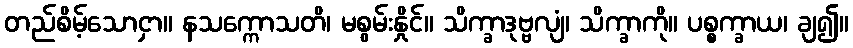
တည်စိမ့်သောငှာ။ နသက္ကောသတိ၊ မစွမ်းနှိုင်။ သိက္ခာဒုဗ္ဗလျံ၊ သိက္ခာကို။ ပစ္စက္ခာယ၊ ချ၍။